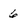
Character: 6